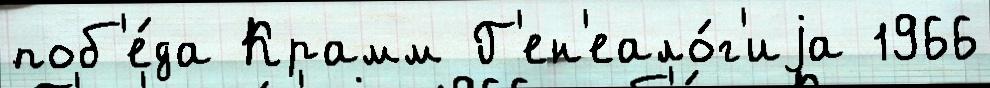
поб'е́да Крамм Г'ен'еало́г'иjа 1966